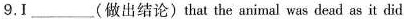
9.Ⅰ___ 做出结论)that the animal was dead as it did